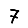
Digit: 7